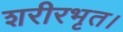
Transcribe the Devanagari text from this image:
शरीरभृत।